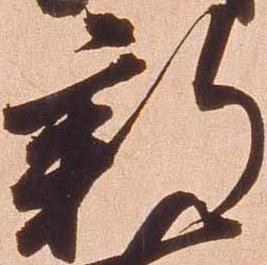
新